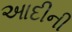
આદીની